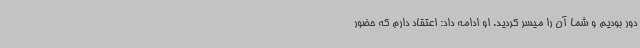
دور بودیم و شما آن را میسر کردید. او ادامه داد: اعتقاد دارم که حضور